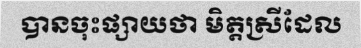
បានចុះផ្សាយថា មិត្តស្រីដែល